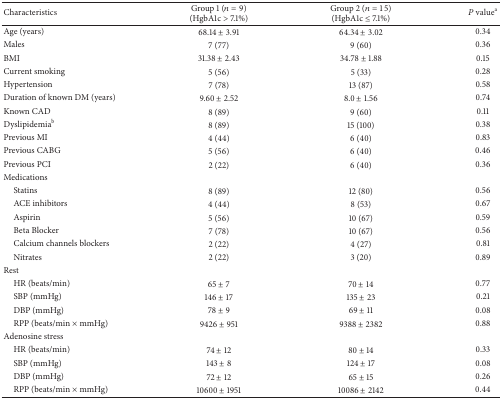
<table><thead><tr><td><b>Characteristics</b></td><td><b>Group 1 (<i>n</i> = 9)(HgbA1c &gt; 7.1%)</b></td><td><b>Group 2 (<i>n</i> = 15)(HgbA1c ≤ 7.1%)</b></td><td><b><i>P</i> value<sup>a</sup></b></td></tr></thead><tbody><tr><td>Age (years)</td><td>68.14 ± 3.91</td><td>64.34 ± 3.02</td><td>0.34</td></tr><tr><td>Males</td><td>7 (77)</td><td>9 (60)</td><td>0.36</td></tr><tr><td>BMI</td><td>31.38 ± 2.43</td><td>34.78 ± 1.88</td><td>0.15</td></tr><tr><td>Current smoking</td><td>5 (56)</td><td>5 (33)</td><td>0.28</td></tr><tr><td>Hypertension</td><td>7 (78)</td><td>13 (87)</td><td>0.58</td></tr><tr><td>Duration of known DM (years)</td><td>9.60 ± 2.52</td><td>8.0 ± 1.56</td><td>0.74</td></tr><tr><td>Known CAD</td><td>8 (89)</td><td>9 (60)</td><td>0.11</td></tr><tr><td>Dyslipidemia<sup>b</sup></td><td>8 (89)</td><td>15 (100)</td><td>0.38</td></tr><tr><td>Previous MI</td><td>4 (44)</td><td>6 (40)</td><td>0.83</td></tr><tr><td>Previous CABG</td><td>5 (56)</td><td>6 (40)</td><td>0.46</td></tr><tr><td>Previous PCI</td><td>2 (22)</td><td>6 (40)</td><td>0.36</td></tr><tr><td>Medications</td><td> </td><td> </td><td> </td></tr><tr><td> Statins</td><td>8 (89)</td><td>12 (80)</td><td>0.56</td></tr><tr><td> ACE inhibitors</td><td>4 (44)</td><td>8 (53)</td><td>0.67</td></tr><tr><td> Aspirin</td><td>5 (56)</td><td>10 (67)</td><td>0.59</td></tr><tr><td> Beta Blocker</td><td>7 (78)</td><td>10 (67)</td><td>0.56</td></tr><tr><td> Calcium channels blockers</td><td>2 (22)</td><td>4 (27)</td><td>0.81</td></tr><tr><td> Nitrates</td><td>2 (22)</td><td>3 (20)</td><td>0.89</td></tr><tr><td>Rest </td><td> </td><td> </td><td> </td></tr><tr><td> HR (beats/min)</td><td>65 ± 7</td><td>70 ± 14</td><td>0.77</td></tr><tr><td> SBP (mmHg)</td><td>146 ± 17</td><td>135 ± 23</td><td>0.21</td></tr><tr><td> DBP (mmHg)</td><td>78 ± 9</td><td>69 ± 11</td><td>0.08</td></tr><tr><td> RPP (beats/min × mmHg)</td><td>9426 ± 951</td><td>9388 ± 2382</td><td>0.88</td></tr><tr><td>Adenosine stress</td><td> </td><td> </td><td> </td></tr><tr><td> HR (beats/min)</td><td>74 ± 12</td><td>80 ± 14</td><td>0.33</td></tr><tr><td> SBP (mmHg)</td><td>143 ± 8</td><td>124 ± 17</td><td>0.08</td></tr><tr><td> DBP (mmHg)</td><td>72 ± 12</td><td>65 ± 15</td><td>0.26</td></tr><tr><td> RPP (beats/min × mmHg)</td><td>10600 ± 1951</td><td>10086 ± 2142</td><td>0.44</td></tr></tbody></table>